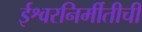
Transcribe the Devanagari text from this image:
ईश्वरनिर्मीतीची